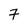
Character: 7